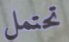
تحتمل